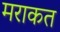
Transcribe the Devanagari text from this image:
मराकत